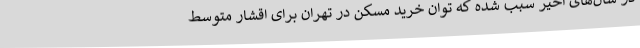
در سال‌های اخیر سبب شده که توان خرید مسکن در تهران برای اقشار متوسط